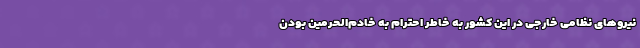
نیروهای نظامی خارجی در این کشور به خاطر احترام به خادم‌الحرمین بودن